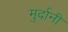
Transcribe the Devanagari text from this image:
मुर्दानी